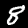
Digit: 8